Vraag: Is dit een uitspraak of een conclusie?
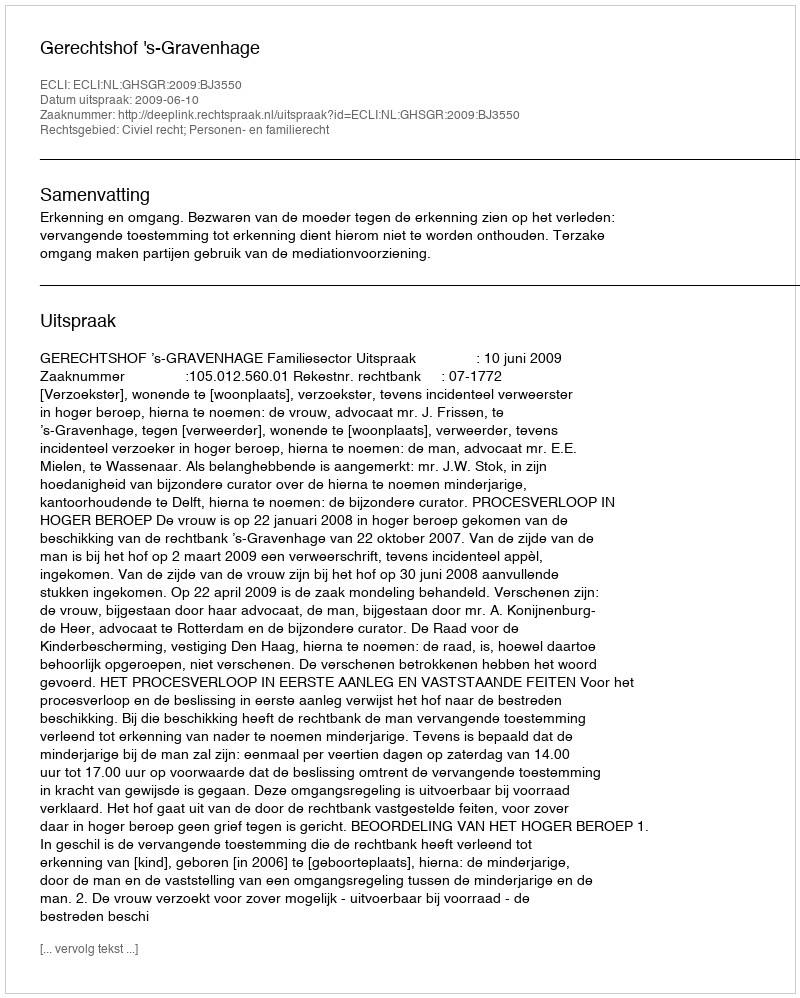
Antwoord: Uitspraak